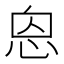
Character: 𢙥